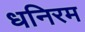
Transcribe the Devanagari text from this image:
धनिरम